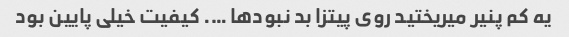
یه کم پنیر میریختید روی پیتزا بد نبود‌ها …. کیفیت خیلی پایین بود